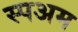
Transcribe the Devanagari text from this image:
स्पअम